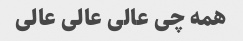
همه چی عالی عالی عالی